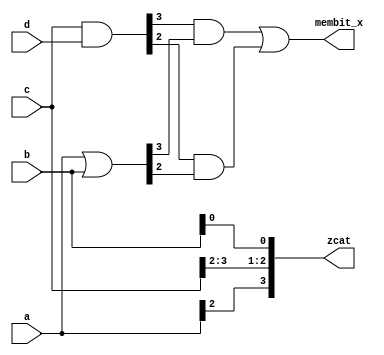
// Copyright 2003 Star Galaxy Publishing

module vectors (a, b, c, d, zcat, membit_x);
  input [3:0] a, b, c, d;

  output [3:0] zcat;
  reg [3:0] zcat;
  output membit_x;
  reg membit_x;

  reg [3:0] reg_bank [1:0];

  always @(a or b or c) begin
    zcat[3:1] = {a[2], c[3:2]};
    zcat[0] = b[0];

    reg_bank[1] = c & d;
    reg_bank[0] = a | b;
    membit_x = (reg_bank[1][3] & reg_bank[0][3]) | (reg_bank[1][2] &reg_bank[0][2]);
    //     membit_y = (reg_bank[1][1] & reg_bank[0][1]) | (reg_bank[1][0] & reg_bank[0][0]);
  end
endmodule